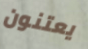
يعتنون